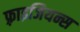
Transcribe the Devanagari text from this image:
फ़्राइजियन्स